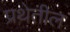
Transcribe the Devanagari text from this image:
प्रथेतील